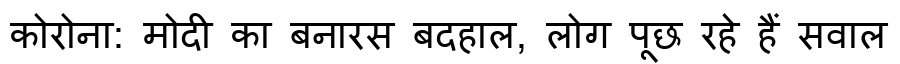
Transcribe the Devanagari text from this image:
कोरोना: मोदी का बनारस बदहाल, लोग पूछ रहे हैं सवाल